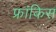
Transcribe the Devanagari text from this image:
फ्रांकिस